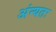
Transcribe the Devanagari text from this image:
अंन्यतः